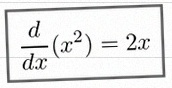
\frac{d}{dx}(x^2)=2x